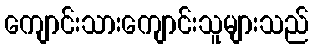
ကျောင်းသားကျောင်းသူများသည်